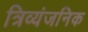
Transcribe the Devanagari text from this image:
त्रिव्यंजनिक